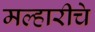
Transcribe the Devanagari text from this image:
मल्हारीचे